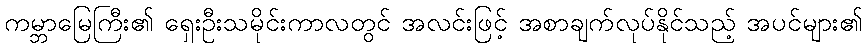
ကမ္ဘာမြေကြီး၏ ရှေးဦးသမိုင်းကာလတွင် အလင်းဖြင့် အစာချက်လုပ်နိုင်သည့် အပင်များ၏